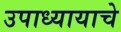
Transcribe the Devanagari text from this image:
उपाध्यायाचे